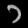
Digit: ၁